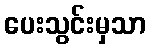
ပေးသွင်းမှသာ